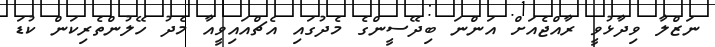
ނަޒްލާ ވިދާޅުވީ ރާއްޖެއަށް އަންނަ ބިދޭސީންގެ މެދުގައި އެޗްއައިވީއާ މެދު ހޭލުންތެރިކަން ކުޑަ